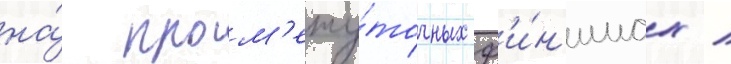
на́ пром'ежу́точных ф'и́н'ишах /